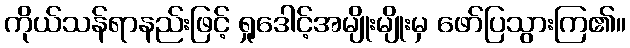
ကိုယ်သန်ရာနည်းဖြင့် ရှုဒေါင့်အမျိုးမျိုးမှ ဖော်ပြသွားကြ၏။